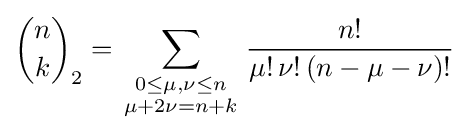
{n \choose k}_{2}=\sum _{\textstyle {0\leq \mu ,\nu \leq n \atop \mu +2\nu =n+k}}{\frac {n!}{\mu !\,\nu !\,(n-\mu -\nu )!}}